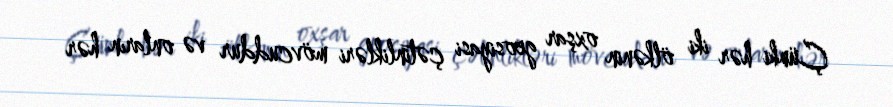
Çünki hər iki ölkənin oxşar geosiyasi çətinlikləri mövcuddur və onların hər